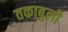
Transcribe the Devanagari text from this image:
तकाबुली